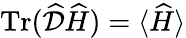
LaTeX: \operatorname{Tr}(\widehat{\cal D}\widehat{H})=\langle\widehat{H}\rangle